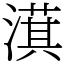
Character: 𣾁